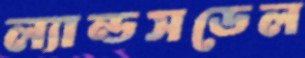
ল্যান্ডসডেল